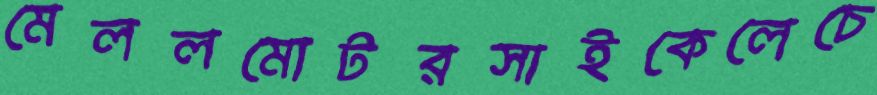
মেললমোটরসাইকেলেচে